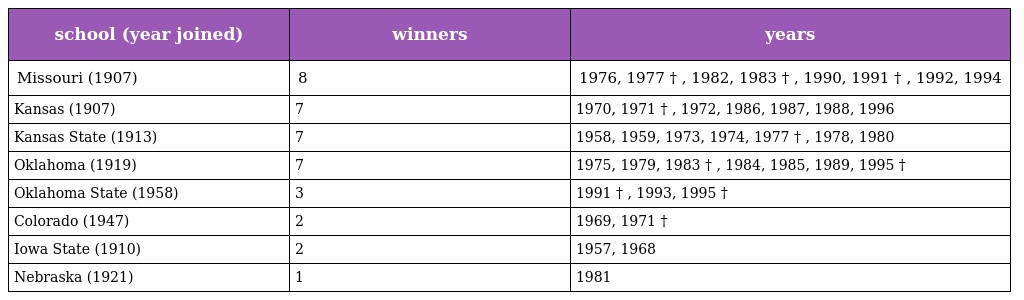
| school (year joined) | winners | years |
 | --- | --- | --- |
 | Missouri (1907) | 8 | 1976, 1977 † , 1982, 1983 † , 1990, 1991 † , 1992, 1994 |
 | Kansas (1907) | 7 | 1970, 1971 † , 1972, 1986, 1987, 1988, 1996 |
 | Kansas State (1913) | 7 | 1958, 1959, 1973, 1974, 1977 † , 1978, 1980 |
 | Oklahoma (1919) | 7 | 1975, 1979, 1983 † , 1984, 1985, 1989, 1995 † |
 | Oklahoma State (1958) | 3 | 1991 † , 1993, 1995 † |
 | Colorado (1947) | 2 | 1969, 1971 † |
 | Iowa State (1910) | 2 | 1957, 1968 |
 | Nebraska (1921) | 1 | 1981 |